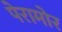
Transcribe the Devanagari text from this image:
पेरामोर